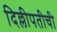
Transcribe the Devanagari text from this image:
दिल्लीपतीची